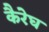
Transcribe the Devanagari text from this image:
कैरेघ